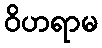
ဝိဟရာမ